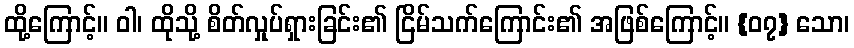
ထို့ကြောင့်။ ဝါ၊ ထိုသို့ စိတ်လှုပ်ရှားခြင်း၏ ငြိမ်သက်ကြောင်း၏ အဖြစ်ကြောင့်။ {၀၇} သော၊